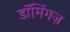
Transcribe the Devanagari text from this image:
डॉमिंगज़